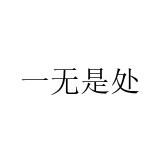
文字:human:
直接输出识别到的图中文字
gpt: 一无是处